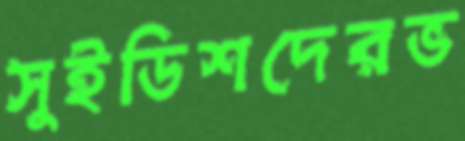
সুইডিশদেরভ